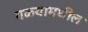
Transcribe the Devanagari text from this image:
गळ्यामधील